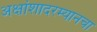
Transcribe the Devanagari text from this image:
अक्षांशादरम्यानचा